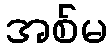
အစ်မ